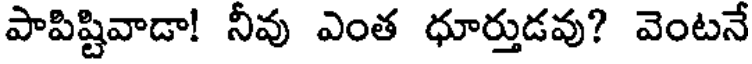
పాపిష్టివాడా! నీవు ఎంత ధూర్తుడవు? వెంటనే